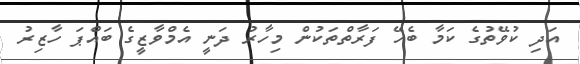
އަދި ކުވޭތުގެ ކަމާ ބެހޭ ފަރާތްތަކުން މިހާރު ދަނީ އެމްވާޒީގެ ބައްޕަ ހާޒިރު